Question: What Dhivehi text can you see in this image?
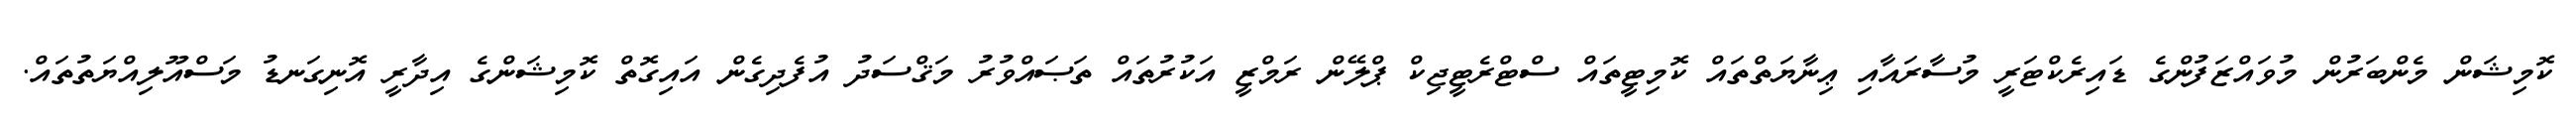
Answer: ކޮމިޝަން މެންބަރުން މުވައްޒަފުންގެ ޑައިރެކްޓަރީ މުސާރައާއި ޢިނާޔަތްތައް ކޮމިޓީތައް ސްޓްރެޓީޖިކް ޕްލޭން ރަމްޒީ އަކުރުތައް ތަޞައްވުރު މަޤްސަދު އުފެދިގެން އައިގޮތް ކޮމިޝަންގެ އިދާރީ އޮނިގަނޑު މަސްއޫލިއްޔަތުތައް.